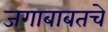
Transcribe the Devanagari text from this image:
जगाबाबतचे